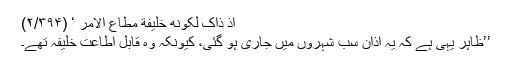
اِذ ذَاکَ لِکَونِهٖ خَلِیفَةَ مُطَاعِ الأَمرِ ‘ (۲/۳۹۴)
’’ظاہر یہی ہے کہ یہ اذان سب شہروں میں جاری ہو گئی، کیونکہ وہ قابلِ اطاعت خلیفہ تھے۔